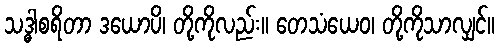
သဒ္ဓါစရိတာ ဒယောပိ၊ တို့ကိုလည်း။ တေသံယေဝ၊ တို့ကိုသာလျှင်။